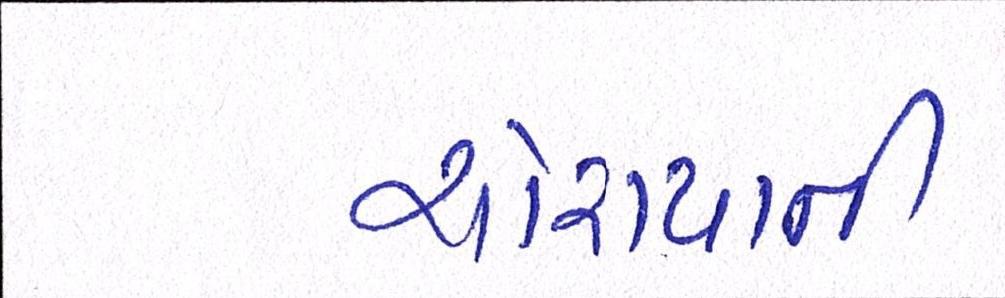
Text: ચોરાયાની